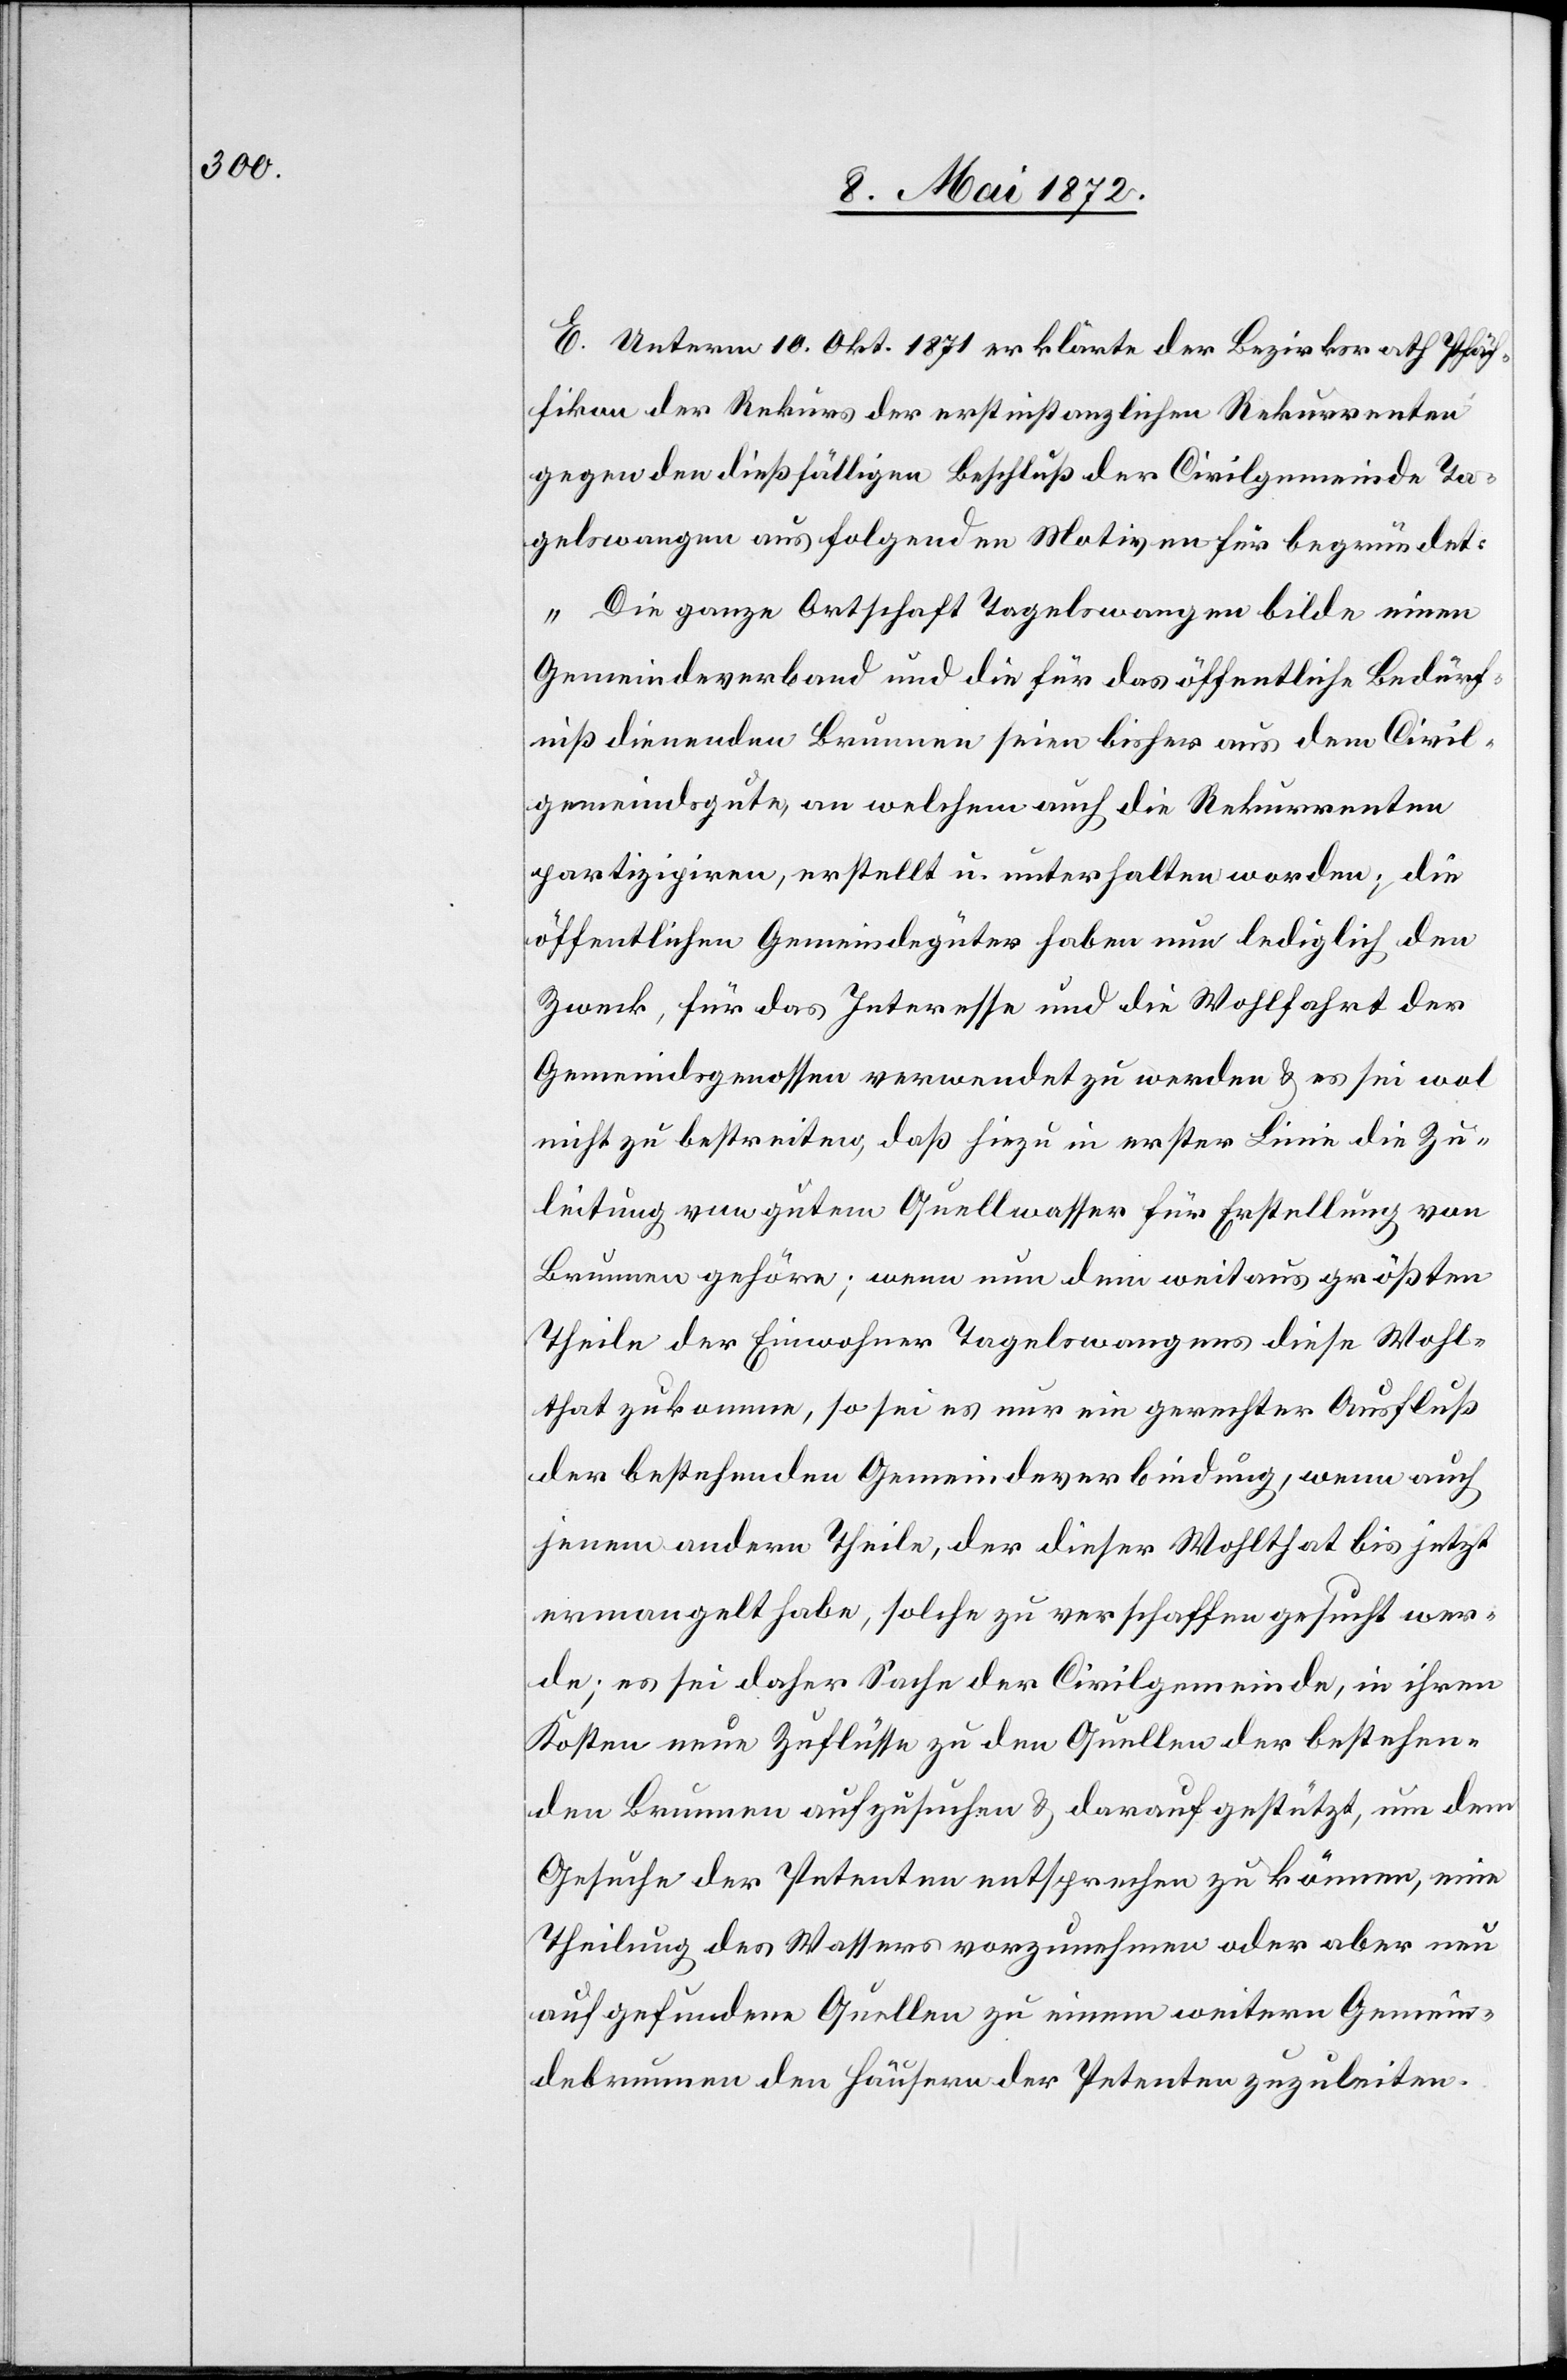
E. Unterm 10. Okt. 1871 erklärte der Bezirksrath Pfäf¬
fikon den Rekurs der erstinstanzlichen Rekurrenten
gegen den dießfälligen Beschluß der Civilgemeinde Ta¬
gelswangen aus folgenden Motiven für begründet:
„Die ganze Ortschaft Tagelswangen bilde einen
Gemeindeverband und die für das öffentliche Bedürf¬
niß dienenden Brunnen seien bisher aus dem Civil¬
gemeindsgute, an welchem auch die Rekurrenten
partizipiren, erstellt u. unterhalten worden; die
öffentlichen Gemeindegüter haben nun lediglich den
Zweck, für das Interesse und die Wohlfahrt der
Gemeindsgenossen verwendet zu werden u. es sei wol
nicht zu bestreiten, daß hiezu in erster Linie die Zu¬
leitung von gutem Quellwasser für Erstellung von
Brunnen gehöre; wenn nun dem weitaus größten
Theile der Einwohner Tagelswangens diese Wohl¬
that zukomme, so sei es nur ein gerechter Ausfluß
der bestehenden Gemeindeverbindung, wenn auch
jenem andern Theile, der dieser Wohlthat bis jetzt
ermangelt habe, solche zu verschaffen gesucht wer¬
de; es sei daher Sache der Civilgemeinde, in ihren
Kosten neue Zuflüsse zu den Quellen der bestehen¬
den Brunnen aufzusuchen u. darauf gestützt, um dem
Gesuche der Petenten entsprechen zu können, eine
Theilung des Wassers vorzunehmen oder aber neu
auf gefundene Quellen zu einem weitern Gemein¬
debrunnen den Häusern der Petenten zuzuleiten.